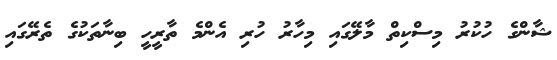
ޝާންގެ ހުކުރު މިސްކިތް މާލޭގައި މިހާރު ހުރި އެންމެ ތާރީހީ ބިނާތަކުގެ ތެރޭގައި